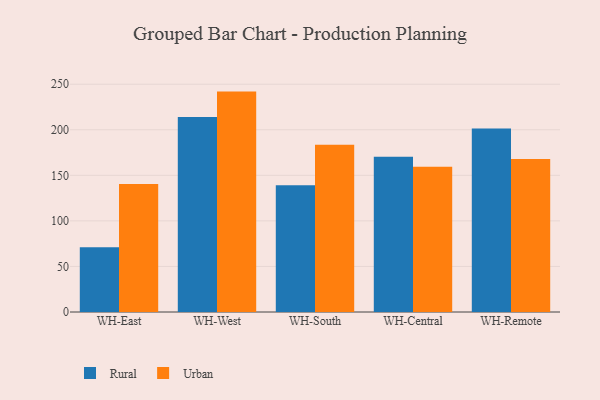
{"axis": {"x": "Warehouse", "y": "Inventory Turnover"}, "legend": ["Rural", "Urban"], "data": [{"x": "WH-East", "y": 71.2, "type": "Rural"}, {"x": "WH-East", "y": 140.5, "type": "Urban"}, {"x": "WH-West", "y": 213.9, "type": "Rural"}, {"x": "WH-West", "y": 241.9, "type": "Urban"}, {"x": "WH-South", "y": 139.1, "type": "Rural"}, {"x": "WH-South", "y": 183.7, "type": "Urban"}, {"x": "WH-Central", "y": 170.4, "type": "Rural"}, {"x": "WH-Central", "y": 159.5, "type": "Urban"}, {"x": "WH-Remote", "y": 201.4, "type": "Rural"}, {"x": "WH-Remote", "y": 168.0, "type": "Urban"}]}